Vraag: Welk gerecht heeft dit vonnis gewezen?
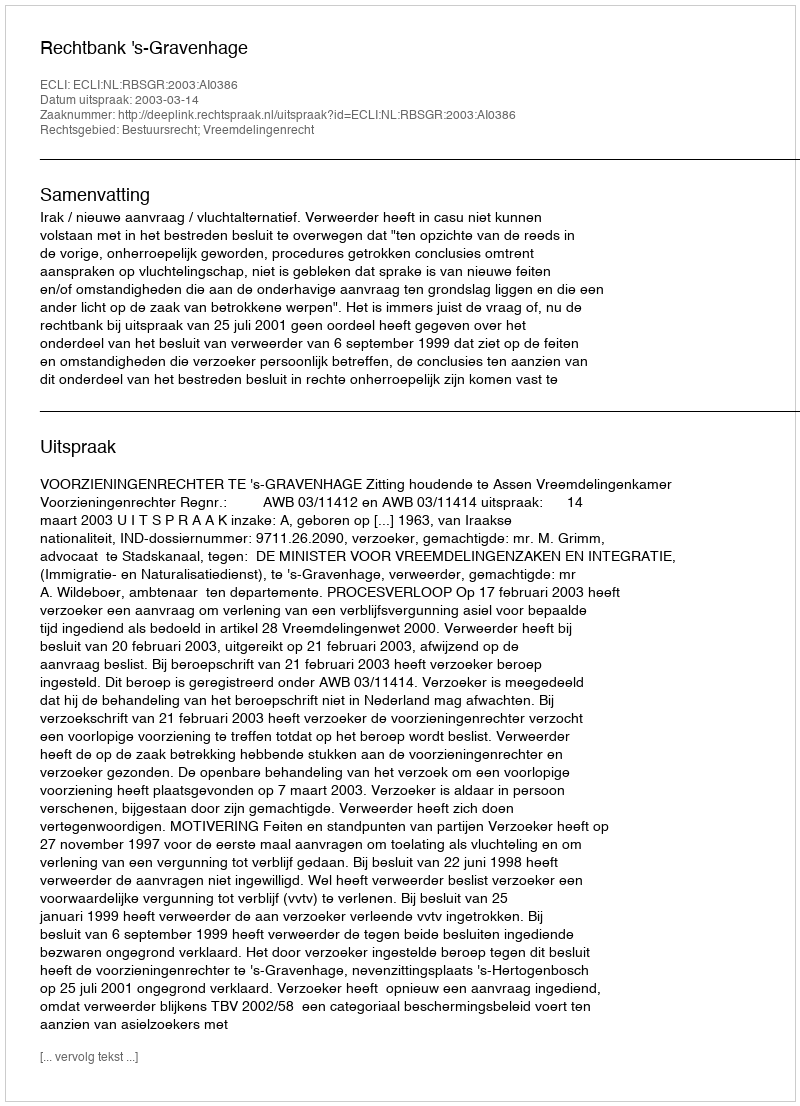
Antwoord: Rechtbank 's-Gravenhage